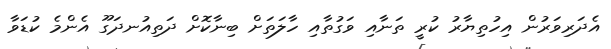
އެދަރިވަރުން އިހުތިޔާރު ކުރީ ތަނާއި ވަގުތާއި ހާލަތަށް ބިނާކޮށް ދަތިއުނދަގޫ އެންމެ ކުޑަވާ